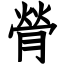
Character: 膋